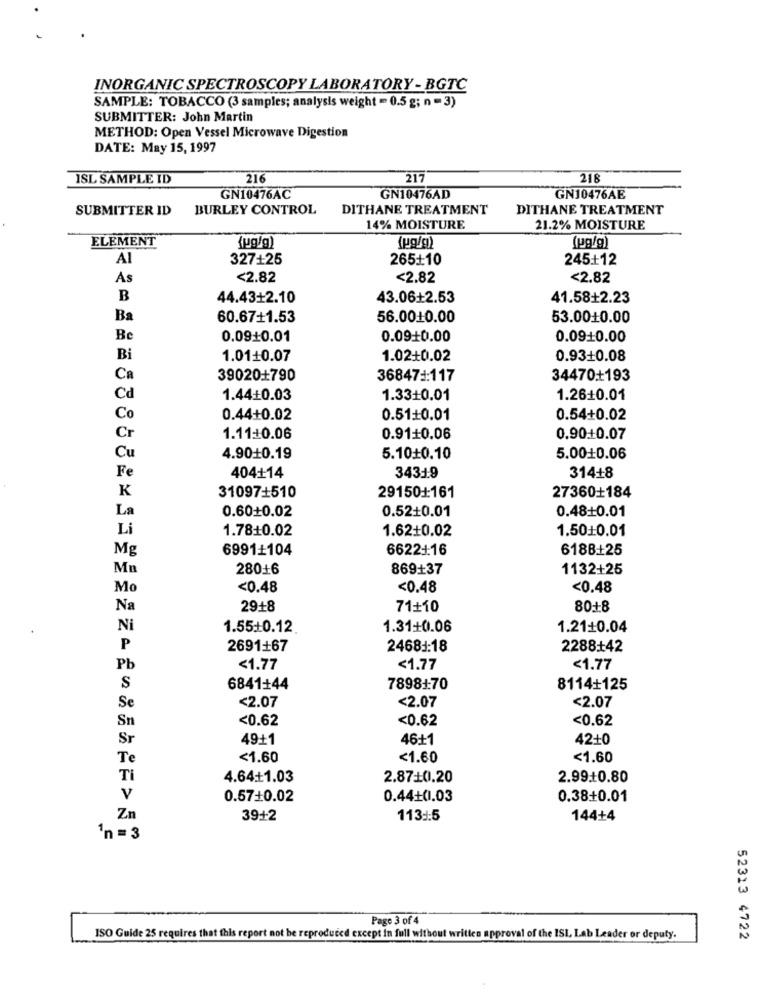
INORGANIC SPECTROSCOPY LABORATORY - BGTC
SAMPLE: TOBACCO (3 samples; analysis weight = 0.5 g; n = 3)
SUBMITTER: John Martin
METHOD: Open Vessel Microwave Digestion
DATE: May 15, 1997
ISL SAMPLE ID
216
217
218
GN10476AC
GN10476AD
GN10476AE
SUBMITTER ID
BURLEY CONTROL
DITHANE TREATMENT
DITHANE TREATMENT
14% MOISTURE
21.2% MOISTURE
ELEMENT
{ug/g)
(ug/g)
(pg/g)
Al
327+25
265+10
245+12
As
<2.82
<2.82
<2.82
B
44.43+2.10
43.06+2.53
41.58+2.23
Ba
60.67+1.53
56.0010.00
53.0010.00
Be
0.09+0.01
0.09+0.00
0.0910.00
Bi
1.01+0.07
1.02+0.02
0.93+0.08
Ca
390201790
36847 -: 117
34470+193
Cd
1.44+0.03
1.3310.01
1.26+0.01
Co
0.44+0.02
0.51+0.01
0.54+0.02
Cr
1.11+0.06
0.91+0.06
0.90+0.07
Cu
4.90+0.19
5.10+0.10
5.0010.06
Fe
404+14
34319
314+8
K
31097+510
291501161
27360+184
La
0.48+0.01
0.60+0.02
0.52+0.01
Li
1.7810.02
1.5010.01
1.62+0.02
Mg
6991+104
66221:16
618B+25
Mn
28016
869+37
1132+25
Mo
<0.48
<0.48
<0.48
Na
29+8
71+10
80+8
Ni
1.55+0.12.
1.31+0.06
1.21+0.04
P
2691+67
24683:18
2288+42
Pb
<1.77
<1.77
<1.77
S
6841+44
7898170
8114+125
<2.07
Se
<2.07
<2.07
Sn
<0.62
<0.62
<0.62
Sr
49+1
46+1
42+0
Te
<1.60
<1.60
<1.60
Ti
4.64+1.03
2.87+0.20
2.99.10.80
v
0.57+0.02
0.44+01.03
0.38+0.01
Zn
39+2
113:15
144+4
1n =3
Page 3 of 4
ISO Guide 25 requires that this report not be reproduced except in full without written approval of the ISI, Lab Leader or deputy.
52313 4722